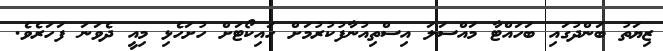
ޒިޔަތު ބަންދުގައި ބަހައްޓާ މައްސަލަ އިސްތިއުނާފުކުރުމަށް ހައިކޯޓަށް ހުށަހެޅި މިއީ ދެވަނަ ފަހަރެވެ.